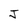
Character: J